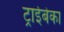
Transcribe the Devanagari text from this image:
ट्राईबेका